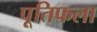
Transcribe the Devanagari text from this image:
पूतिफला